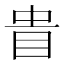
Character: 𥅌